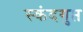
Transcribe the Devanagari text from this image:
स्‍कंदगुप्त